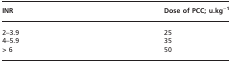
<table><thead><tr><td><b>INR</b></td><td><b>Dose of PCC; u.kg<sup>−1</sup></b></td></tr></thead><tbody><tr><td>2–3.9</td><td>25</td></tr><tr><td>4–5.9</td><td>35</td></tr><tr><td>&gt; 6</td><td>50</td></tr></tbody></table>